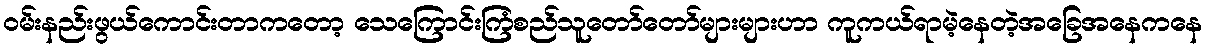
ဝမ်းနည်းဖွယ်ကောင်းတာကတော့ သေကြောင်းကြံစည်သူတော်တော်များများဟာ ကူကယ်ရာမဲ့နေတဲ့အခြေအနေကနေ